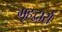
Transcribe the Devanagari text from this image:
गृहद्वारों